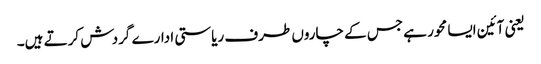
یعنی آئین ایسا محور ہے جس کے چاروں طرف ریاستی ادارے گردش کرتے ہیں۔